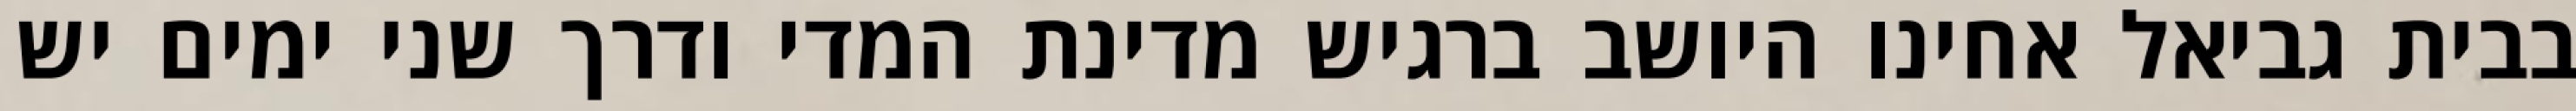
בבית גביאל אחינו היושב ברגיש מדינת המדי ודרך שני ימים יש